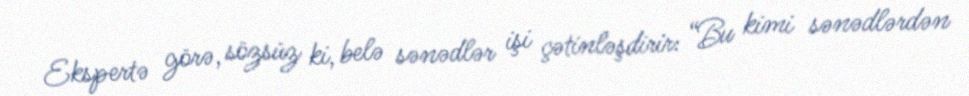
Ekspertə görə, sözsüz ki, belə sənədlər işi çətinləşdirir: “Bu kimi sənədlərdən